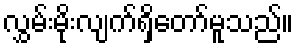
လွှမ်းမိုးလျက်ရှိတော်မူသည်။